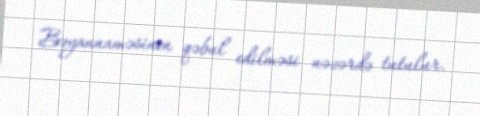
Bəyannaməsinin qəbul edilməsi nəzərdə tutulur.